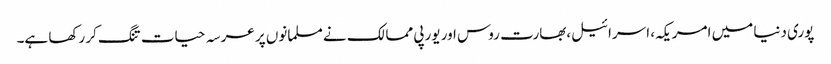
پوری دنیا میں امریکہ، اسرائیل،بھارت روس اور یورپی ممالک نے مسلمانوں پر عرسہ حیات تنگ کر رکھا ہے۔